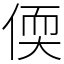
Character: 偄